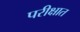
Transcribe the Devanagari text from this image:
परीक्षात